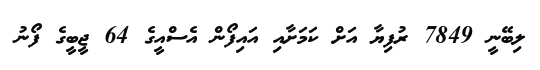
ލިބޭނީ 7849 ރުފިޔާ އަށް ކަމަށާއި އައިފޯން އެސްއީގެ 64 ޖީބީގެ ފޯނު